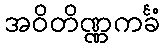
အဝိတိဏ္ဏကင်္ခံ